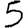
Digit: 5